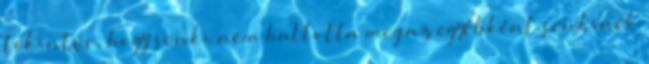
tekintve, hogy senki nem hallotta meg az egyébként senkinek